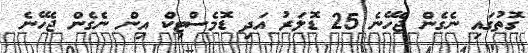
ގޮތުގައި ނެގެން ޖެހޭނެ 25 ޑޮލަރު އަދި ޑޮމެސްޓިކް އިން ނެގެން ޖެހޭނެ